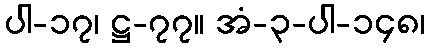
ပါ-၁၇၊ ဋ္ဌ-၇၇။ အံ-၃-ပါ-၁၄၈၊